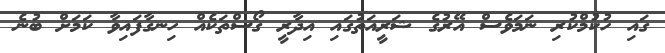
ގައި ހުކުމްކުރި ނަމަވެސް އޭރުގެ ޝަރީއަތުގައި އިދާރީ ގޯސްތަކެއް ހިނގާފައިވާ ކަމަށް ބުނެ